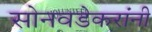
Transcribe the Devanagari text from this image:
सोनवडेकरांनी